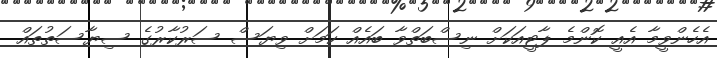
އެހެންވީމާ އެއީ ކޮންމެ ޕާޓީއަކަށް ނިސްބަތްވާ ބައެއް ކަމަށް ވިޔަސް ސަރުކާރުގެ ސިޔާސަތުތައް